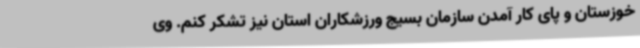
خوزستان و پای کار آمدن سازمان بسیج ورزشکاران استان نیز تشکر کنم. وی